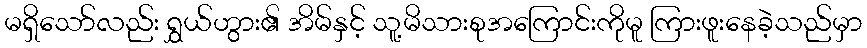
မရှိသော်လည်း ရွှယ်ဟွား၏ အိမ်နှင့် သူ့မိသားစုအကြောင်းကိုမူ ကြားဖူးနေခဲ့သည်မှာ